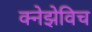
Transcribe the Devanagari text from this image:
क्नेझेविच